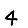
Digit: 4